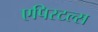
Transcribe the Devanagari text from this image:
एपिस्टल्स